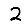
Digit: 2